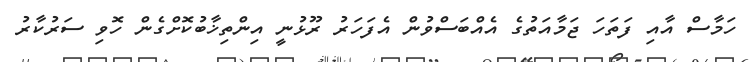
ހަމާސް އާއި ފަތަހަ ޖަމާއަތުގެ އެއްބަސްވުން އެފަހަރު ރޫޅުނީ އިންތިޚާބުކޮށްގެން ހޮވި ސަރުކާރު